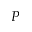
P